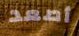
أصعد